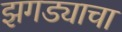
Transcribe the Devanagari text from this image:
झगड्याचा